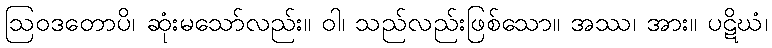
ဩဝဒတောပိ၊ ဆုံးမသော်လည်း။ ဝါ၊ သည်လည်းဖြစ်သော။ အဿ၊ အား။ ပဋိဃံ၊